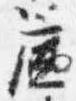
簾